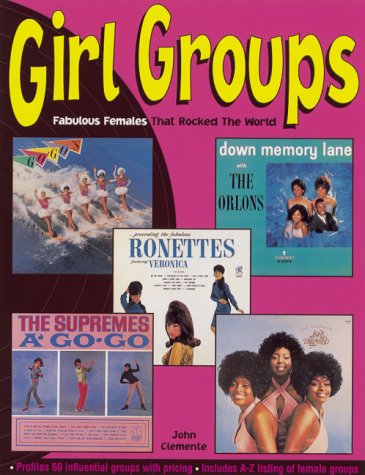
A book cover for Girl Groups: Fabulous Females That Rocked the World; John Clemente; Crafts, Hobbies & Home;